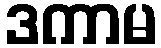
ဒကာမ